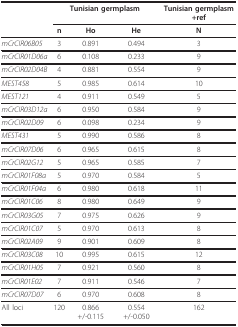
<table><thead><tr><td></td><td colspan="3"><b>Tunisian germplasm</b></td><td><b>Tunisian germplasm+ref</b></td></tr><tr><td></td><td><b>n</b></td><td><b>Ho</b></td><td><b>He</b></td><td><b>N</b></td></tr></thead><tbody><tr><td><i>mCrCIR06B05</i></td><td>3</td><td>0.891</td><td>0.494</td><td>3</td></tr><tr><td><i>mCrCIR01D06a</i></td><td>6</td><td>0.108</td><td>0.233</td><td>9</td></tr><tr><td><i>mCrCIR02D04B</i></td><td>4</td><td>0.881</td><td>0.554</td><td>9</td></tr><tr><td><i>MEST458</i></td><td>5</td><td>0.985</td><td>0.614</td><td>10</td></tr><tr><td><i>MEST121</i></td><td>4</td><td>0.911</td><td>0.549</td><td>5</td></tr><tr><td><i>mCrCIR03D12a</i></td><td>6</td><td>0.950</td><td>0.584</td><td>9</td></tr><tr><td><i>mCrCIR02D09</i></td><td>6</td><td>0.098</td><td>0.234</td><td>9</td></tr><tr><td><i>MEST431</i></td><td>5</td><td>0.990</td><td>0.586</td><td>8</td></tr><tr><td><i>mCrCIR07D06</i></td><td>6</td><td>0.965</td><td>0.615</td><td>8</td></tr><tr><td><i>mCrCIR02G12</i></td><td>5</td><td>0.965</td><td>0.585</td><td>7</td></tr><tr><td><i>mCrCIR01F08a</i></td><td>5</td><td>0.970</td><td>0.584</td><td>5</td></tr><tr><td><i>mCrCIR01F04a</i></td><td>6</td><td>0.980</td><td>0.618</td><td>11</td></tr><tr><td><i>mCrCIR01C06</i></td><td>8</td><td>0.980</td><td>0.649</td><td>9</td></tr><tr><td><i>mCrCIR03G05</i></td><td>7</td><td>0.975</td><td>0.626</td><td>9</td></tr><tr><td><i>mCrCIR01C07</i></td><td>5</td><td>0.970</td><td>0.613</td><td>8</td></tr><tr><td><i>mCrCIR02A09</i></td><td>9</td><td>0.901</td><td>0.609</td><td>8</td></tr><tr><td><i>mCrCIR03C08</i></td><td>10</td><td>0.995</td><td>0.615</td><td>12</td></tr><tr><td><i>mCrCIR01H05</i></td><td>7</td><td>0.921</td><td>0.560</td><td>8</td></tr><tr><td><i>mCrCIR01E02</i></td><td>7</td><td>0.911</td><td>0.546</td><td>7</td></tr><tr><td><i>mCrCIR07D07</i></td><td>6</td><td>0.970</td><td>0.608</td><td>8</td></tr><tr><td>All loci</td><td>120</td><td>0.866 +/-0.115</td><td>0.554 +/-0.050</td><td>162</td></tr></tbody></table>